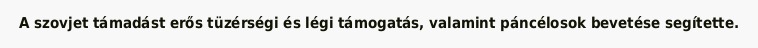
A szovjet támadást erős tüzérségi és légi támogatás, valamint páncélosok bevetése segítette.